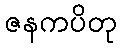
ဇနကပိတု